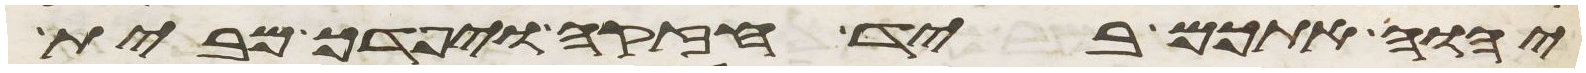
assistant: יהוה אתכם ביד חזקה ויפדך מבית